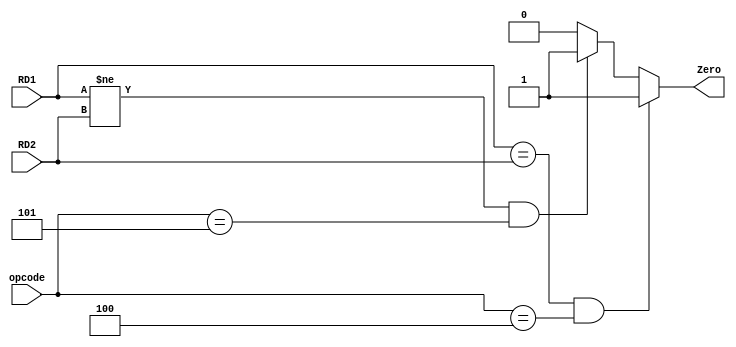
module beq( RD1, RD2, Zero, opcode );

	input [31:0] RD1, RD2;
      	input [5:0] opcode;
	output Zero;

	assign Zero = (RD1 == RD2 && opcode == 6'd4)? 1'b1 : 
		      (RD1 != RD2 && opcode == 6'd5)? 1'b1 : 1'b0 ;

endmodule